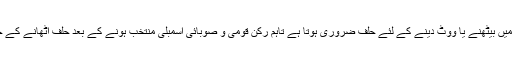
الیکشن کمیشن کا کہنا ہے کہ آرٹیکل 65 کے تحت ایوان میں بیٹھنے یا ووٹ دینے کے لئے حلف ضروری ہوتا ہے تاہم رکن قومی و صوبائی اسمبلی منتخب ہونے کے بعد حلف اٹھانے کے حوالے سے آئین اور قانون میں کوئی ڈیڈ لائن موجود نہیں۔